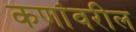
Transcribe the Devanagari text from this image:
कणांवरील